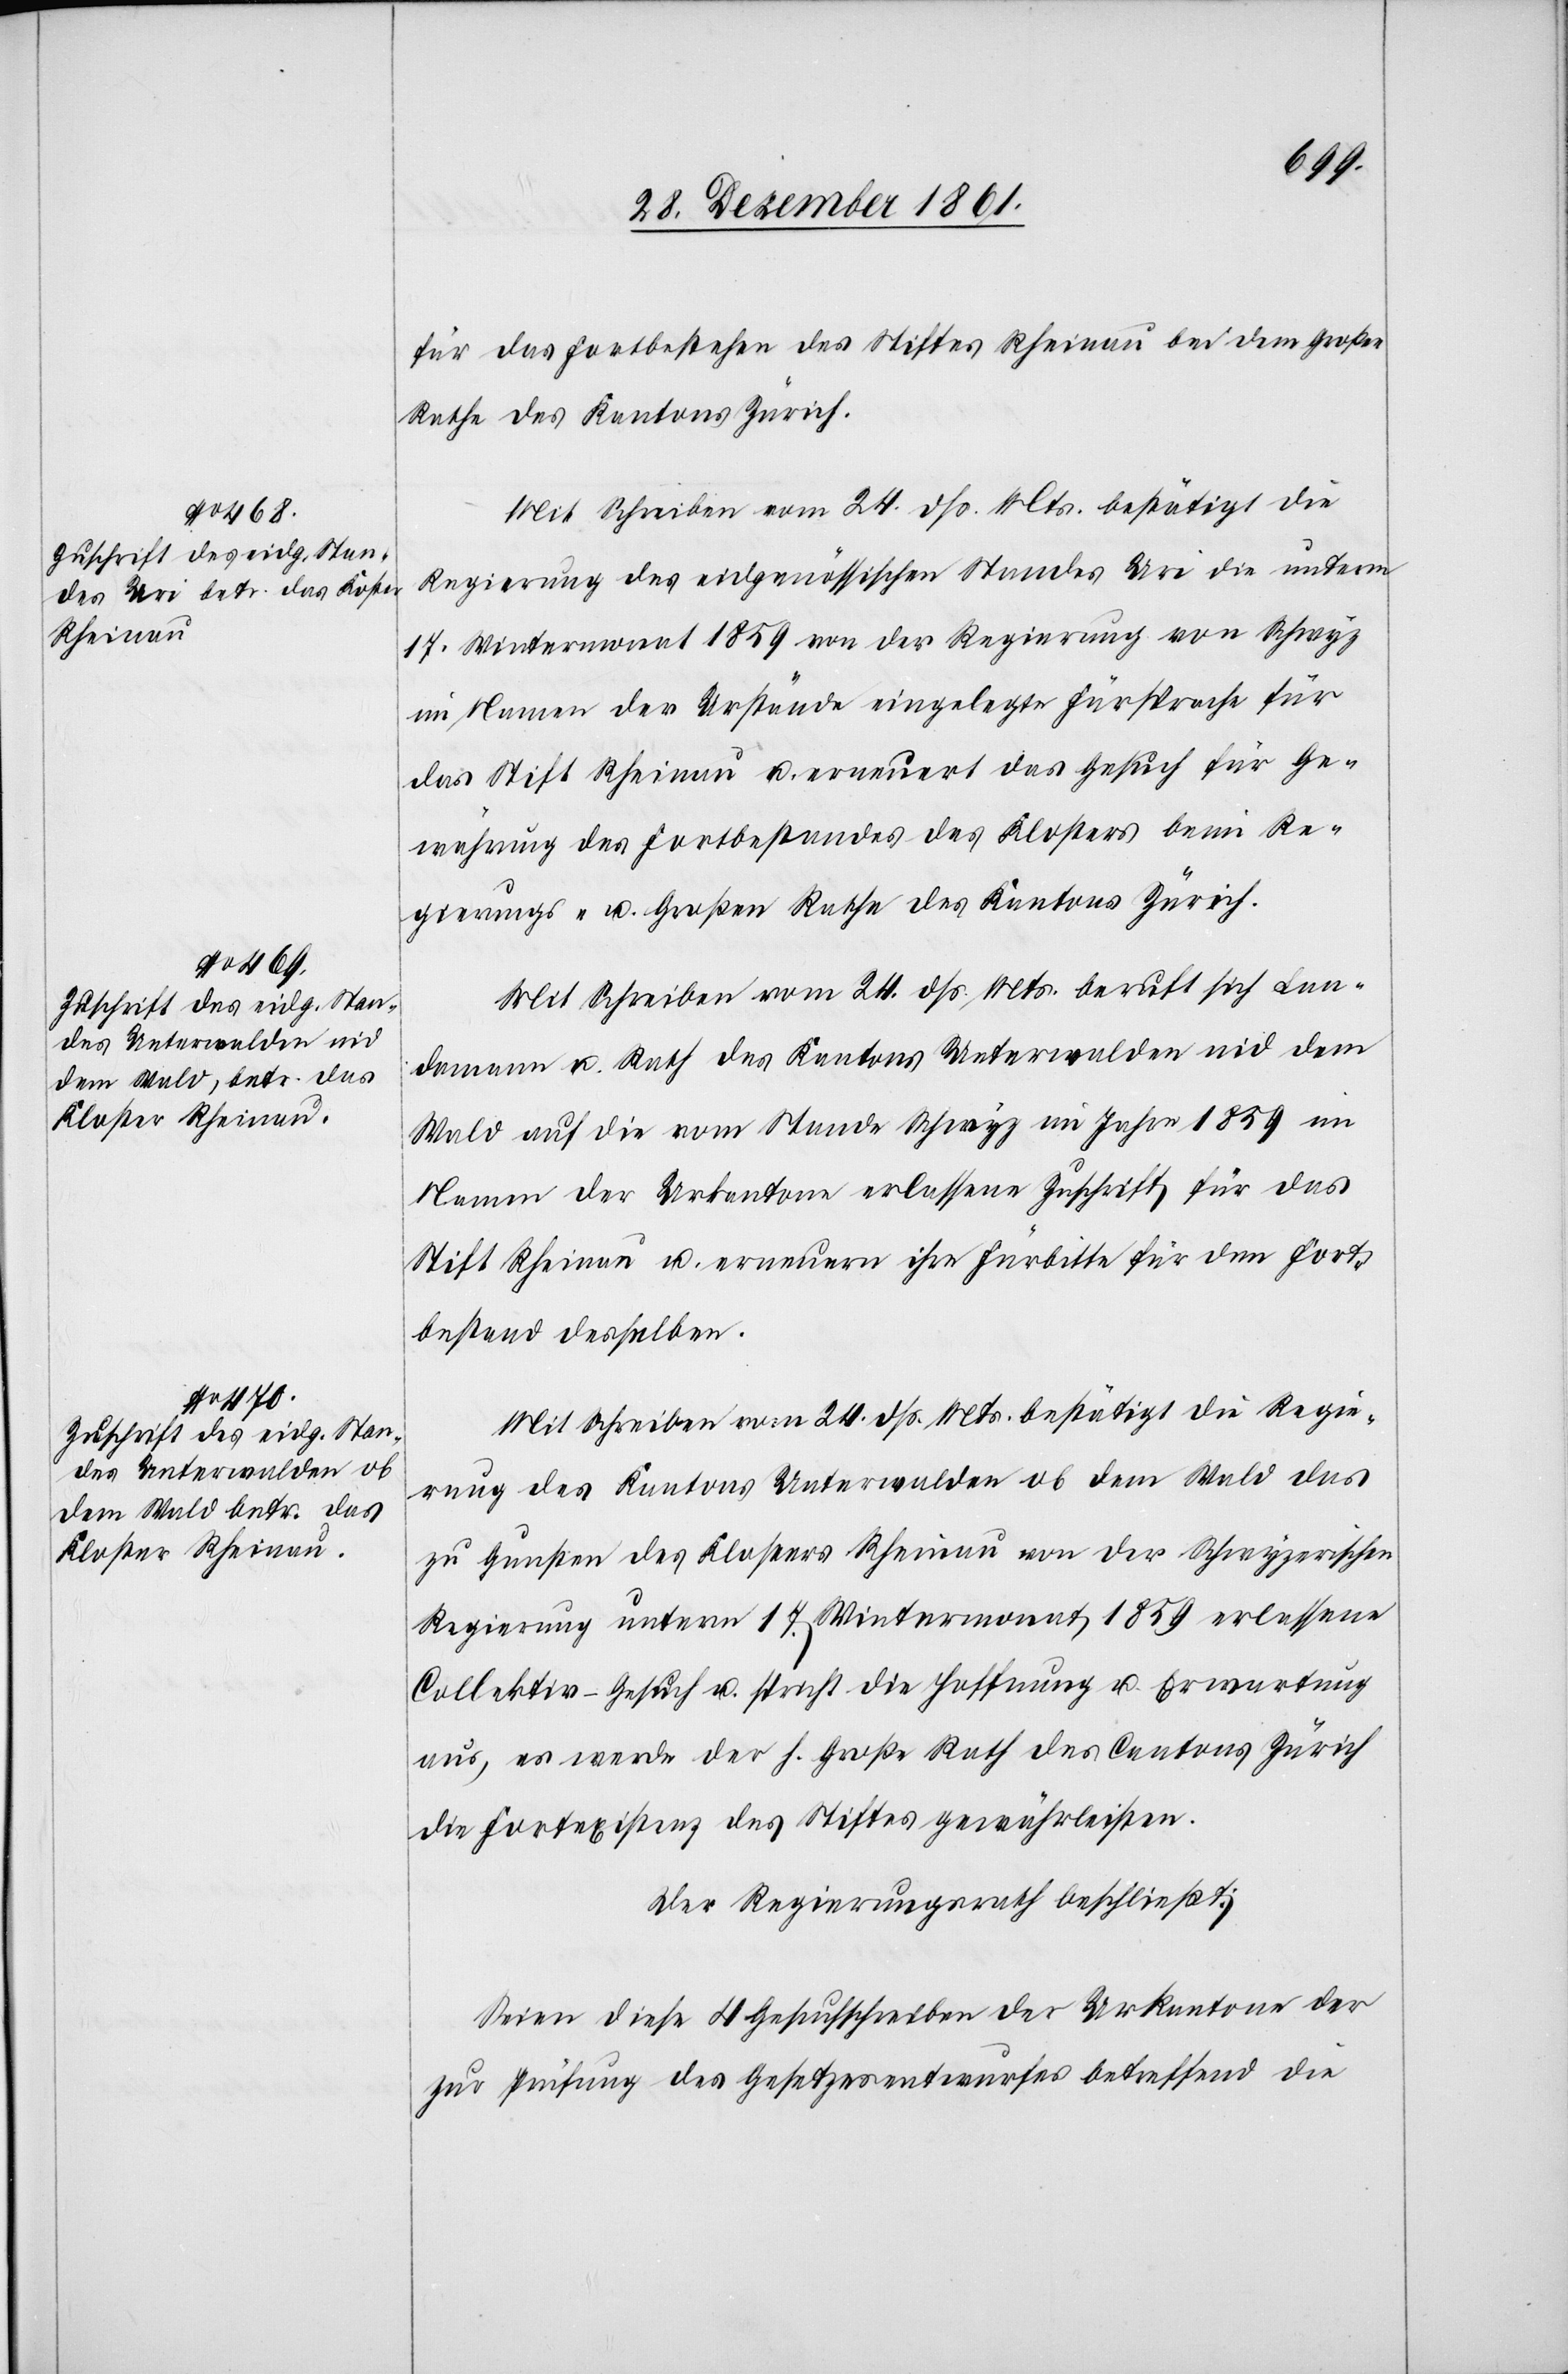
für das Fortbestehen des Stiftes Rheinau bei dem Großen
Rathe des Kantons Zürich.
Mit Schreiben vom 24 dss. Mts. bestätigt die
Regierung des eidgenössischen Standes Uri die unterm
17 Wintermonat 1859 von der Regierung von Schwyz
im Namen der Urstände eingelegte Fürsprache für
das Stift Rheinau u. erneuert das Gesuch für Ge¬
währung des Fortbestandes des Klosters beim Re¬
gierungs- u. Großen Rathe des Kantons Zürich.
Mit Schreiben vom 24 dss. Mts. beruft sich Lan¬
dammannn u. Rath des Kantons Unterwalden nid dem
Wald auf die vom Stande Schwyz im Jahre 1859 im
Namen der Urkantone erlassene Zuschrift für das
Stift Rheinau u. erneuern ihre Fürbitte für den Fort¬
bestand desselben.
Mit Schreiben vom 24 dss. Mts. bestätigt die Regie¬
rung des Kantons Unterwalden ob dem Wald das
zu Gunsten des Klosters Rheinau von der Schwyzerischen
Regierung unterm 17 Wintermonat 1859 erlassene
Collektiv-Gesuch u. spricht die Hoffnung u. Erwartung
aus, es werde der h. Große Rath des Cantons Zürich
die Fortexistenz des Stiftes gewährleisten.
Der Regierungsrath beschließt:
Seien diese 4 Gesuchschreiben der Urkantone der
zur Prüfung des Gesetzesentwurfes betreffend die